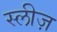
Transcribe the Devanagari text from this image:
स्लीज़